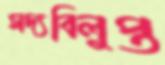
সদ্যবিলুপ্ত